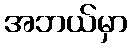
အဘယ်မှာ